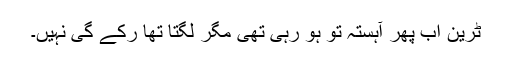
ٹرین اب پھر آہستہ تو ہو رہی تھی مگر لگتا تھا رکے گی نہیں۔